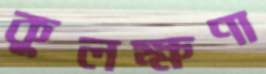
কুলক্ষণা